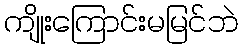
ကျိုးကြောင်းမမြင်ဘဲ